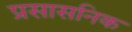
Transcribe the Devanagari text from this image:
प्रसासनिक